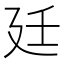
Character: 廷